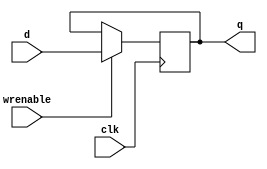
// Single-bit D Flip-Flop with enable
//   Positive edge triggered
module register
(
output reg	q,
input		d,
input		wrenable,
input		clk
);

    always @(posedge clk) begin
        if(wrenable) begin
            q <= d;
        end
    end

endmodule

// 32-bit D Flip-Flop with enable
//   Positive edge triggered
module register32
#(parameter WIDTH=32)
(
output reg[WIDTH-1:0]	q,
input[WIDTH-1:0] d,
input	wrenable,
input	clk
);

    initial begin q = {WIDTH{1'b0}}; end

    always @(posedge clk) begin
        if(wrenable) begin
            q <= d;
        end
    end

endmodule

// 32-bit D (Always-Zero) Flip-Flop with enable
//   Positive edge triggered
module register32zero
#(parameter WIDTH=32)
(
output reg[WIDTH-1:0] q,
input[WIDTH-1:0] d,
input wrenable,
input clk
);
    initial begin q = {WIDTH{1'b0}}; end

    always @(posedge clk) begin
        if(wrenable) begin
            q <= {WIDTH{1'b0}};
        end
    end

endmodule